Memorandum on the prevention of leprosy by segregation of the affected
Disease focus: Leprosy
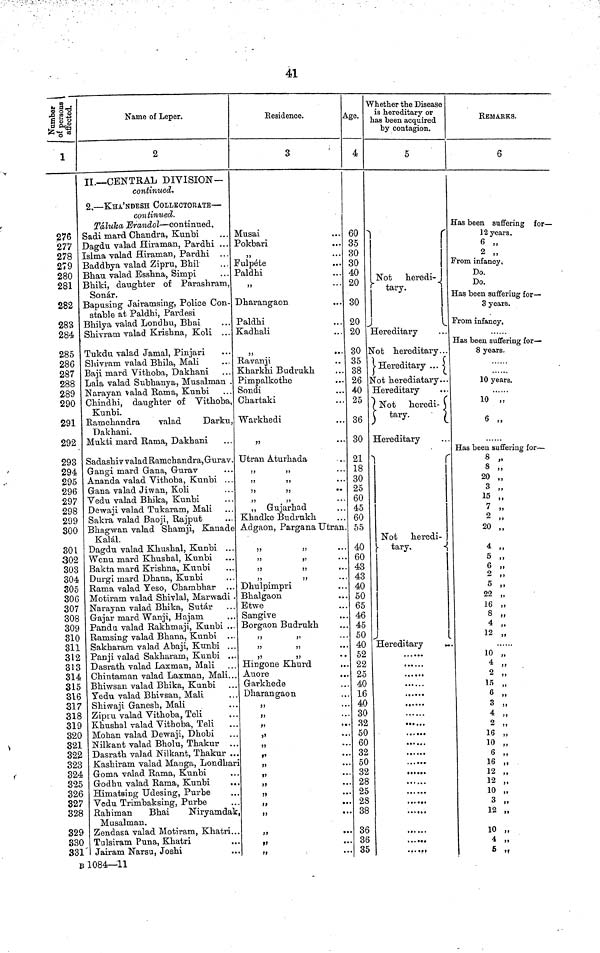
41
Number of persons affected
1
276
277
278
279
280
281
282
283
284
285
286
287
288
289
290
291
292
293
294
295
296
297
298
299
300
301
302
303
304
305
306
307
308
309
310
311
312
313
314
315
316
317
318
319
320
321
322
323
324
325
326
327
328
329
330
331
Name of Leper.
2
II.— CENTRAL DIVISION—
continued.
2. — KHA'NDESH COLLECTORATE —
continued.
Taluka Erandol — continued.
Sadi mard Chandra, Kunbi
Dagdu valad Hiraman, Pardhi ...
Islma valad Hiraman, Pardhi . . .
Baddbya valad Zipru, Bhil
Bhau valad Esslma, Simpi
Bhiki, daughter of Parashram,
Bapusing Jairamsing, Police Con-
stable at Paldhi, Pardesi
Bhilya valad Londhu, Bhai
Shivram valad Krishna, Koli . . .
Tukdu valad Jamal, Pinjari
Shivram valad Bhila, Mali
Baji mard Vithoba, Dakhani
Lala valad Subhanya, Musalman .
Narayan valad Rama, Kunbi
Chindhi, daughter of Vithoba,
Kunbi.
Ramchandra
valad
Darku,
Dakhani.
Mukti mard Rama, Dakhani
Sadashiv valad Ramchandra, Gurav.
Gangi rnard Gana, Gurav
Ananda valad Vithoba, Kunbi . . .
Gana valad Jiwan, Koli
Vedu valad Bhika, Kunbi
Dewaji valad Tukaram, Mali
Sakra valad Baoji, Rajput
Bhagwan valad Shamji, Kanade
Kalal.
Dagdu valad Khushal, Kunbi ...
Wenu mard Khushal, Kunbi
Bakta mard Krishna, Kunbi
Durgi mard Dhana, Kunbi
Rama valad Yeso, Chambhar
Motiram valad Shivlal, Marwadi .
Narayan valad Bhika, Sutar
Gajar mard Wanji, Hajana
Pandu valad Rakhmaji, Kunbi ...
Ramsing valad Bhana, Kunbi
Sakharam valad Abaji, Kunbi . . .
Panji valad Sakharam, Kunbi ...
Dasrath valad Laxman, Mali
Chintaman valad Laxman, Mali...
Bhiwsan valad Bhika, Kunbi
Yedu valad Bhivsan, Mali
Shiwaji Ganesh, Mali
Zipru valad Vithoba, Teli
Khushal valad Vithoba, Teli
Mohan valad Dewaji, Dhobi
Nilkant valad Bholu, Thakur
Dasrath valad Nilkant, Thakur ...
Kashiram valad Manga, Londhari
Goma valad Rama, Kunbi
Godhu valad Rama, Kunbi
..
Himatsing Udesing, Purbe
Vedu Trimbaksing, Purbe
Rahiman
Bhai
Niryamdak,
Musalman.
Zendasa valad Motiram, Khatri...
Tulsiram Puna, Khatri
Jairam Narsu, Joshi
Residence.
3
Musai
Pokbari
...
Fulpete
Paldhi
Dharangaon
Paldhi
Kadhali
Ravanji
Kharkhi Budnikh
Pimpalkothe
Sondi
Chartaki
Warkhedi
Utran Aturhada
,,
,,
,,
,,
,,
,,
„ Gujarhad
Khadke Budrukh
Adgaon, Pargana Utran.
,,
,,
,,
,,
,,
,,
,,
,,
Dhulpimpri
Bhalgaon
Etwe
Sangive
Borgaon Budrukh
,,
,,
,,
,,
,,
,,
Hingoue Khurd
Auore
Garkhede
Dharangaon
,, ...
,,
,,
,,
,,
,,
,,
,,
,,
Age.
4
60
35
30
30
40
20
30
20
20
30
35
38
26
40
25
36
30
21
18
30
25
60
45
60
55
40
60
43
43
40
50
65
46
45
50
40
52
22
25
40
16
40
30
32
50
60
32
50
32
28
25
28
38
36
36
35
Whether the Disease
is hereditary or
has been acquired
by contagion.
5
Not heredi-
tary.
Hereditary
Not hereditary . . .
Hereditary
Not herediatary...
Hereditary
Not
heredi-
tary.
Hereditary
Not
heredi-
tary.
Hereditary
......
......
REMARKS.
6
Has been suffering for —
12 years.
6 „
2 „
From infancy.
Do.
Do.
Has been suffering for—
3 years.
From infancy,
Has been suffering for —
8 years.
10 years.
10 „
6 ,,
Has been suffering for —
8 ,,
3 ,,
20 ,,
3 ,,
15 ,,
7 ,,
2 ,,
20 ,
4 „
5 „
6 „
2 „
5 „
22 „
16 „
8 „
4 „
12 „
10 „
4 „
2 ,,
15
6 ,,
3 „
4 ,,
2 „
16 ,,
10
6 ,,
16 ,,
12 ,,
12 ,,
10 ,,
3 ,,
12 ,,
10 „
4 „
6 „
B 1084—11